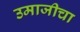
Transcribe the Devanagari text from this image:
उमाजीचा